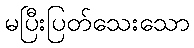
မပြီးပြတ်သေးသော